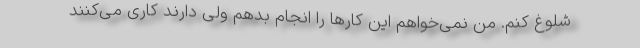
شلوغ کنم. من نمی‌خواهم این کارها را انجام بدهم ولی دارند کاری می‌کنند